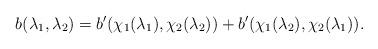
LaTeX: \begin{align*} b(\lambda_1,\lambda_2)=b'(\chi_1(\lambda_1),\chi_2(\lambda_2))+b'(\chi_1(\lambda_2),\chi_2(\lambda_1)).\end{align*}